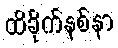
ထိခိုက်နစ်နာ